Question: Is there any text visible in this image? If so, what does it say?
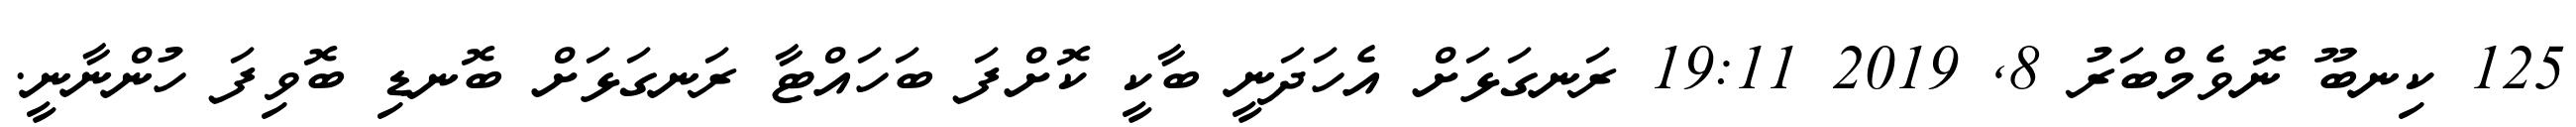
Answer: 125 ކިނބޫ ނޮވެމްބަރު 8, 2019 19:11 ރަނގަޅަށް އެހަދަނީ ބާކީ ކޮށްފަ ބަހައްޓާ ރަނގަޅަށް ބޮނޑި ބޮވިފަ ހުންނާނީ.